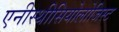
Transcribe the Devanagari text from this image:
एनीस्थीसियोलोजिस्ट